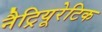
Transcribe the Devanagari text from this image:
नैट्रियूरेटिक